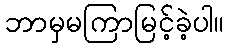
ဘာမှမကြာမြင့်ခဲ့ပါ။